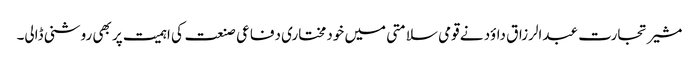
مشیر تجارت عبدالرزاق داؤد نے قومی سلامتی میں خودمختاری دفاعی صنعت کی اہمیت پر بھی روشنی ڈالی۔